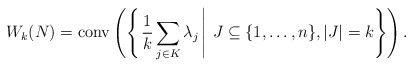
\begin{align*}W_k(N) = \mathrm{conv}\left(\left\{ \left. \frac{1}{k}\sum_{j \in K} \lambda_j \, \right| \, J \subseteq \{1,\ldots, n\}, |J| = k \right\}\right).\end{align*}